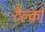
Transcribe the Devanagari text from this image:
टैल्को